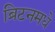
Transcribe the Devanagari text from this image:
ब्रिटनमधे